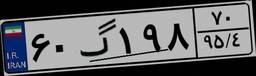
۶۰گ۱۹۸۷۰